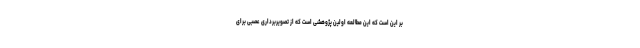
بر این است که این مطالعه اولین پژوهشی است که از تصویربرداری عصبی برای